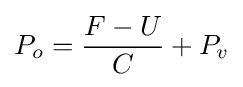
P_{o}={\frac {F-U}{C}}+P_{v}